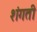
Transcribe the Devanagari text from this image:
शंगती